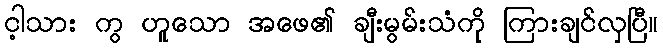
င့ါသား ကွ ဟူသော အဖေ၏ ချီးမွမ်းသံကို ကြားချင်လှပြီ။